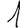
Digit: 1